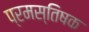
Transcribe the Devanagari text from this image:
प्रमस्तिषक